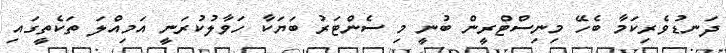
ދަނޑުވެރިކަމާ ބެހޭ މިނިސްޓްރީން ބުނީ މި ސެންޓަރު ބަޔަކާ ހަވާލުކުރަނީ އަމިއްލަ ތަކެތީގައި